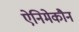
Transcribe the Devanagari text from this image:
ऐनिमेकौन